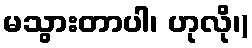
မသွားတာပါ၊ ဟုလို၊)